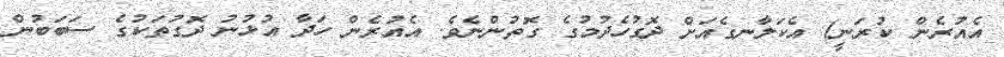
އެއުރެން ކުރަނީ) އެކަލާނގެއަށް ދޮގުހެދުމުގެ ގޮތުންނެވެ. އެއުރެން ހަދާ އުޅުނު ދޮގުތަކުގެ ސަބަބުން